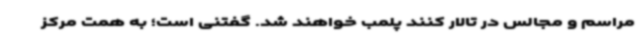
مراسم و مجالس در تالار کنند پلمب خواهند شد. گفتنی است؛ به همت مرکز